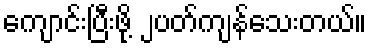
ကျောင်းပြီးဖို့ ၂ပတ်ကျန်သေးတယ်။